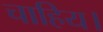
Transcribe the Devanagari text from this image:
चाहिय।